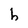
Character: h